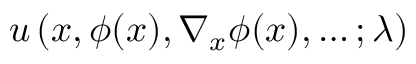
u \left( x , \phi ( x ) , \nabla _ { x } \phi ( x ) , \dots ; \lambda \right)